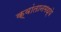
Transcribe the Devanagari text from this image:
क्वांतानमध्ये